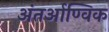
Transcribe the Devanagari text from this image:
अंतर्आण्विक